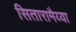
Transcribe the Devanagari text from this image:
सितारामैय्या